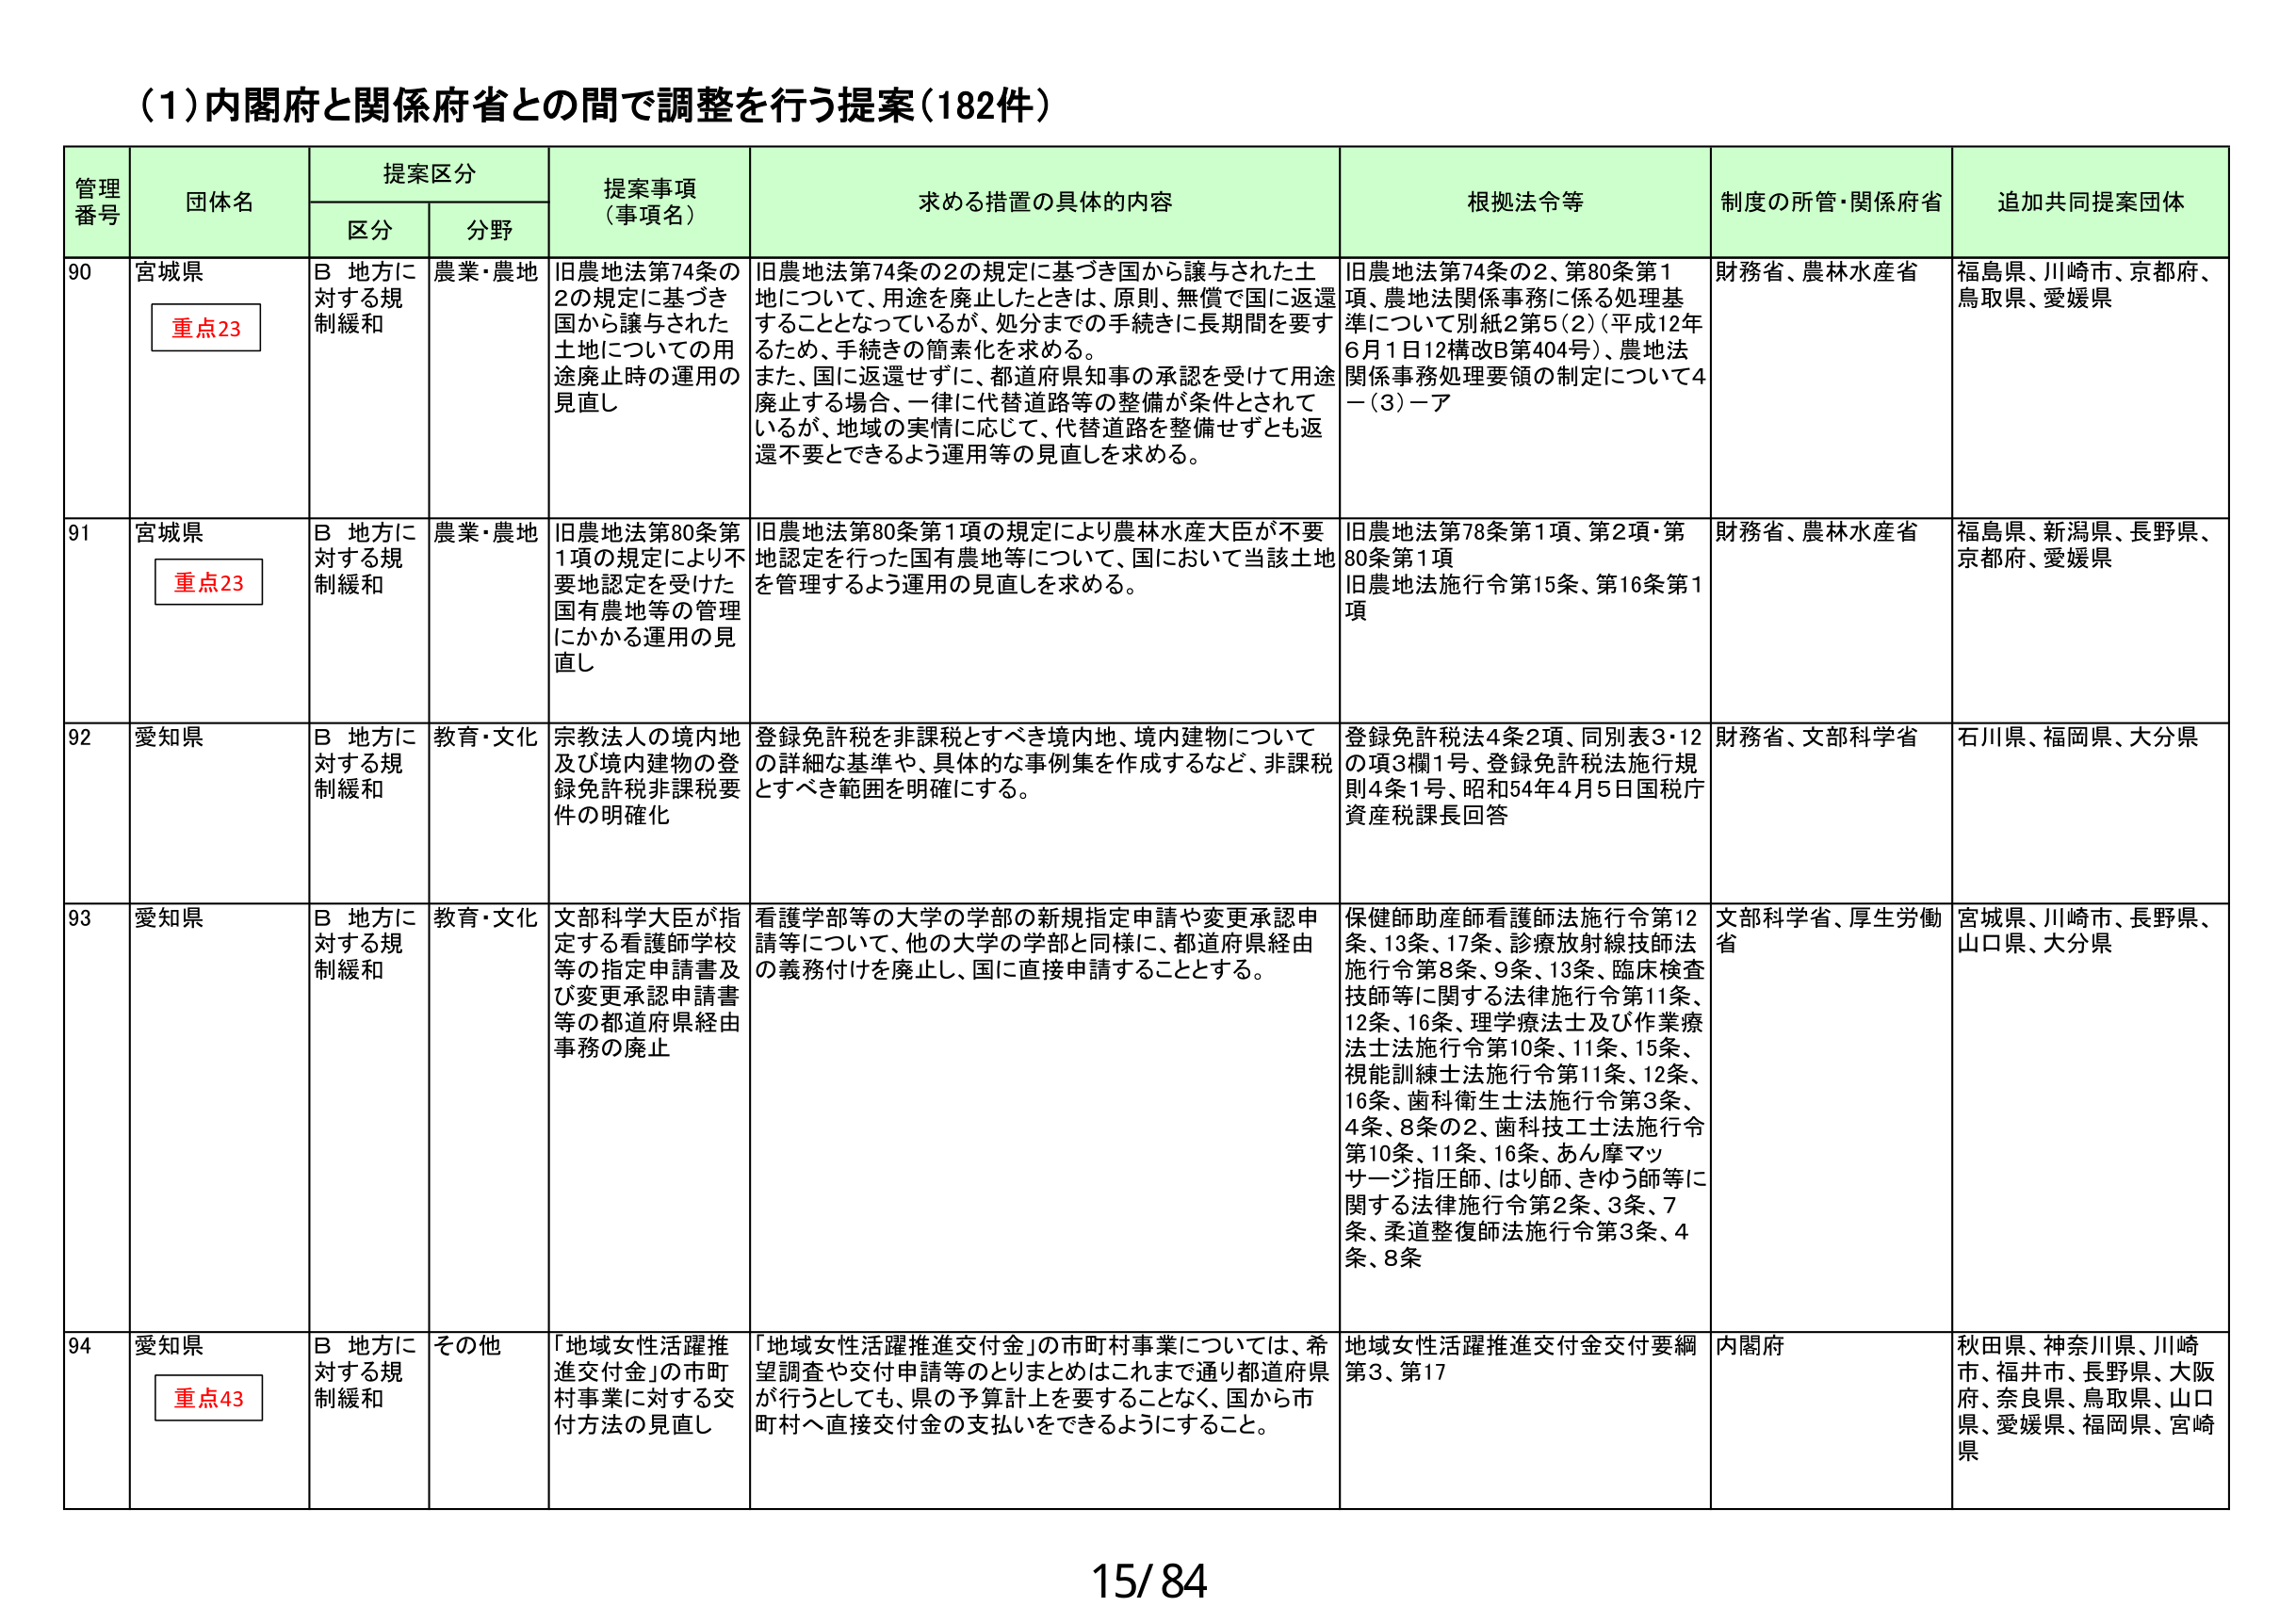
(1)内閣府と関係府省との間で調整を行う提案(182件)

管理番号 団体名 提案区分 提案事項（事項名） 求める措置の具体的内容 根拠法令等 制度の所管・関係府省 追加共同提案団体
区分 分野

90 宮城県 重点23 B 地方に対する規制緩和 農業・農地 旧農地法第74条の2の規定に基づき国から譲与された土地についての用途廃止時の運用の見直し 旧農地法第74条の2の規定に基づき国から譲与された土地について、用途を廃止したときは、原則、無償で国に返還することとなっているが、処分までの手続きに長期間を要するため、手続きの簡素化を求める。また、国に返還せずに、都道府県知事の承認を受けて用途廃止する場合、一律に代替道路等の整備が条件とされているが、地域の実情に応じて、代替道路を整備せずとも返還不要とできるよう運用等の見直しを求める。 旧農地法第74条の2、第80条第1項、農地法関係事務に係る処理基準について別紙2第5(2)(平成12年6月1日12構改B第404号)、農地法関係事務処理要領の制定について4－(3)－ア 財務省、農林水産省 福島県、川崎市、京都府、鳥取県、愛媛県

91 宮城県 重点23 B 地方に対する規制緩和 農業・農地 旧農地法第80条第1項の規定により不要地認定を受けた国有農地等の管理にかかる運用の見直し 旧農地法第80条第1項の規定により農林水産大臣が不要地認定を行った国有農地等について、国において当該土地を管理するよう運用の見直しを求める。 旧農地法第78条第1項、第2項・第80条第1項 旧農地法施行令第15条、第16条第1項 財務省、農林水産省 福島県、新潟県、長野県、京都府、愛媛県

92 愛知県 B 地方に対する規制緩和 教育・文化 宗教法人の境内地及び境内建物の登録免許税非課税要件の明確化 登録免許税を非課税とすべき境内地、境内建物についての詳細な基準や、具体的な事例集を作成するなど、非課税とすべき範囲を明確にする。 登録免許税法4条2項、同別表3・12の項3欄1号、登録免許税法施行規則4条1号、昭和54年4月5日国税庁資産税課長回答 財務省、文部科学省 石川県、福岡県、大分県

93 愛知県 B 地方に対する規制緩和 教育・文化 文部科学大臣が指定する看護師学校等の指定申請書及び変更承認申請書等の都道府県経由事務の廃止 看護学部等の大学の学部の新規指定申請や変更承認申請等について、他の大学の学部と同様に、都道府県経由の義務付けを廃止し、国に直接申請することとする。 保健師助産師看護師法施行令第12条、13条、17条、診療放射線技師法施行令第8条、9条、13条、臨床検査技師等に関する法律施行令第11条、12条、16条、理学療法士及び作業療法士法施行令第10条、11条、15条、視能訓練士法施行令第11条、12条、16条、歯科衛生士法施行令第3条、4条、8条の2、歯科技工士法施行令第10条、11条、16条、あん摩マッサージ指圧師、はり師、きゅう師等に関する法律施行令第2条、3条、7条、柔道整復師法施行令第3条、4条、8条 文部科学省、厚生労働省 宮城県、川崎市、長野県、山口県、大分県

94 愛知県 重点43 B 地方に対する規制緩和 その他 「地域女性活躍推進交付金」の市町村事業に対する交付方法の見直し 「地域女性活躍推進交付金」の市町村事業については、希望調査や交付申請等のとりまとめはこれまで通り都道府県が行うとしても、県の予算計上を要することなく、国から市町村へ直接交付金の支払いをできるようにすること。 地域女性活躍推進交付金交付要綱第3、第17 内閣府 秋田県、神奈川県、川崎市、福井市、長野県、大阪府、奈良県、鳥取県、山口県、愛媛県、福岡県、宮崎県

15/84